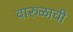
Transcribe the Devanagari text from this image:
वारुळाची